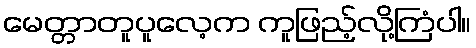
မေတ္တာတူပူလေ့က ကူဖြည့်လို့ကြံပါ။